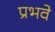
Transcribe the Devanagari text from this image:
प्रभवे